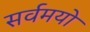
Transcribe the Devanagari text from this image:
सर्वमयो